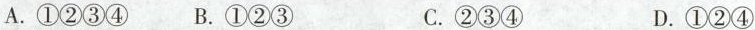
A.①②③④ B.①②③ C.②③④ D.①②④